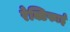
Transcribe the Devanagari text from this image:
रेक्टिफाई